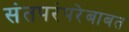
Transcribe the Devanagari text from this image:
संतपरंपरेबाबत